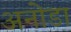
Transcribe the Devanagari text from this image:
अनोडा